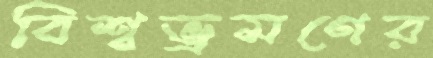
বিশ্বভ্রমণের